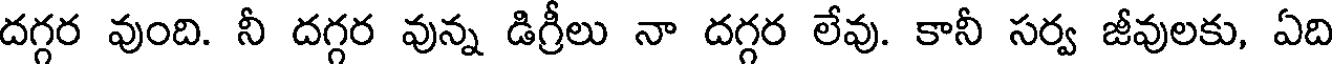
దగ్గర వుంది. నీ దగ్గర వున్న డిగ్రీలు నా దగ్గర లేవు. కానీ సర్వ జీవులకు, ఏది